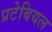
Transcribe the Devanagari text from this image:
प्रटेबियल